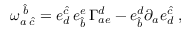
{ \omega } _ { a \; \hat { c } } ^ { \; \hat { b } } = e _ { d } ^ { \hat { c } } \, e _ { \hat { b } } ^ { e } \, \Gamma _ { a e } ^ { d } - e _ { \hat { b } } ^ { d } \partial _ { a } e _ { d } ^ { \hat { c } } \; ,